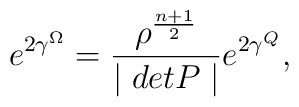
e^{2\gamma ^{\Omega}}= \frac {\rho ^{\frac {n + 1}{2}}}{\mid det P\mid}e^{2\gamma ^Q},